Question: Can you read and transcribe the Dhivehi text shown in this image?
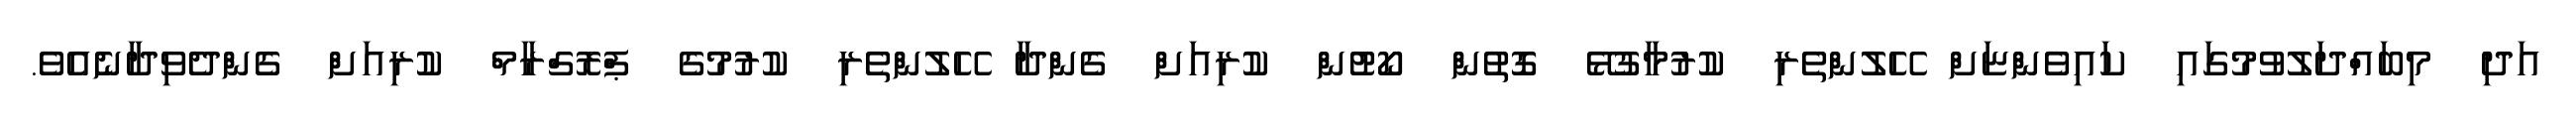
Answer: އަދި މިބައްދަލުވުމުގައި ކައިވެންޏަށް ހޭލުންތެރި ކުރުމާގުޅޭ ގޮތުން ކޯޓުން ކުރިއަށް ގެންދާ ހޭލުންތެރި ކުރުމުގެ ޕްރޮގްރާމް ކުރިއަށް ގެންދެވިދާނެއެވެ.